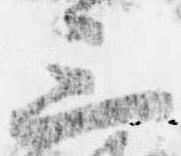
三